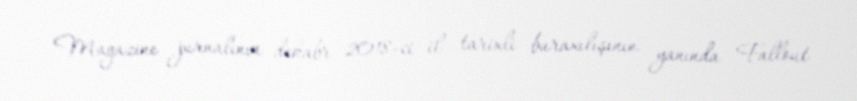
Magazine jurnalının dekabr 2018-ci il tarixli buraxılışının yanında Fallout